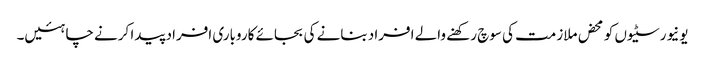
یونیورسٹیوں کو محض ملازمت کی سوچ رکھنے والے افراد بنانے کی بجائے کاروباری افراد پیدا کرنے چاہئیں۔